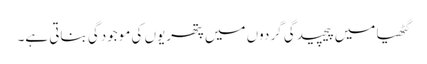
گٹھیا میں پیچیدگی گردوں میں پتھریوں کی موجودگی بناتی ہے۔